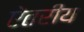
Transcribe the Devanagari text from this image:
ऐतरीय